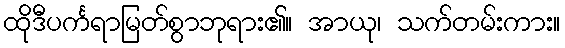
ထိုဒီပင်္ကရာမြတ်စွာဘုရား၏။ အာယု၊ သက်တမ်းကား။